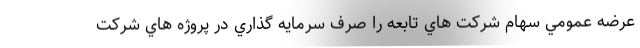
عرضه عمومي سهام شركت هاي تابعه را صرف سرمايه گذاري در پروژه هاي شركت